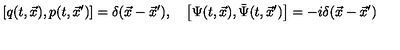
\left[ q ( t , \vec { x } ) , p ( t , \vec { x } ^ { \prime } ) \right] = \delta ( \vec { x } - \vec { x } ^ { \prime } ) , \quad \left[ \Psi ( t , \vec { x } ) , \bar { \Psi } ( t , \vec { x } ^ { \prime } ) \right] = - i \delta ( \vec { x } - \vec { x } ^ { \prime } )